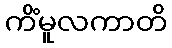
ကိံမူလကာတိ